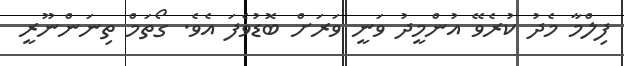
ފިލްމާ މެދު ކުރެވޭ އުންމީދު ވަނީ ވަރަށް ބޮޑުވެފަ އެވެ. ގޯތަމް ތިނަންނޫރީ